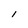
Character: I